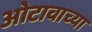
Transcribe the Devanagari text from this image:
ओटावाच्या